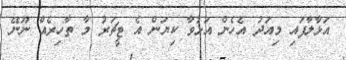
އަޅާލާފައި މިއަދު އެހެން އަޅުވާ ކިޔަން އެ ޓީޗަރު މާ ތާހިރެއް ނޫނޭ